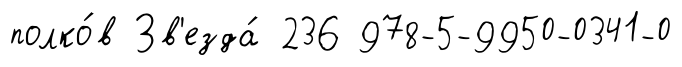
полко́в Зв'езда́ 236 978-5-9950-0341-0